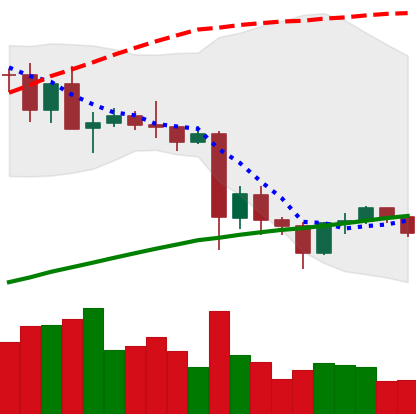
Ticker: TRX-USD
Chart end date: 2021-05-28
Forward return: 8.259%
Label: up_7plus